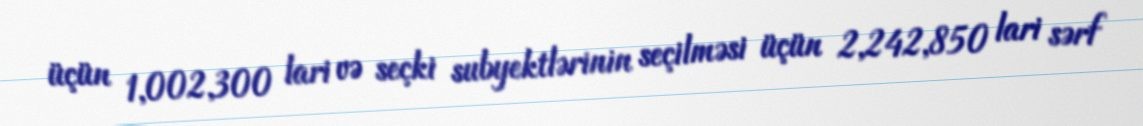
üçün 1,002,300 lari və seçki subyektlərinin seçilməsi üçün 2,242,850 lari sərf